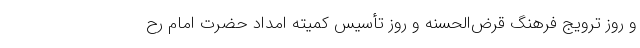
و روز ترویج فرهنگ قرض‌الحسنه و روز تأسیس کمیته امداد حضرت امام رح